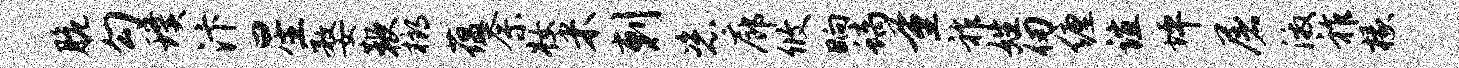
脆勾璞汴星婺鞭榔蕴奈妆米剌恣廊攸晌螭量祚姓仞缠谊坪屠激祚椽